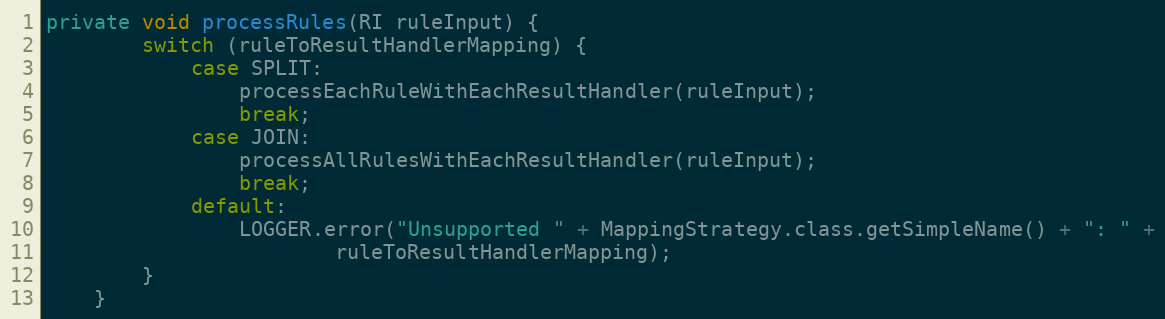
Language: Java
private void processRules(RI ruleInput) {
        switch (ruleToResultHandlerMapping) {
            case SPLIT:
                processEachRuleWithEachResultHandler(ruleInput);
                break;
            case JOIN:
                processAllRulesWithEachResultHandler(ruleInput);
                break;
            default:
                LOGGER.error("Unsupported " + MappingStrategy.class.getSimpleName() + ": " +
                        ruleToResultHandlerMapping);
        }
    }